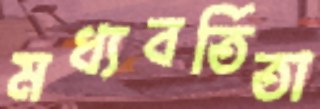
মধ্যবর্তিতা